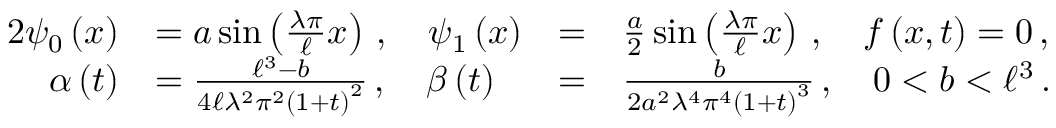
\begin{array} { r l r l } { { 2 } { \psi } _ { 0 } \left( x \right) } & { = { a } \sin \left( \frac { \lambda \pi } { \ell } x \right) \, , \quad { \psi } _ { 1 } \left( x \right) } & { = } & { \frac { a } { 2 } \sin \left( \frac { \lambda \pi } { \ell } x \right) \, , \quad f \left( x , t \right) = 0 \, , } \\ { \alpha \left( t \right) } & { = \frac { { \ell } ^ { 3 } - b } { 4 \ell { \lambda } ^ { 2 } { \pi } ^ { 2 } { \left( 1 + t \right) } ^ { 2 } } \, , \quad \beta \left( t \right) } & { = } & { \frac { b } { 2 { a } ^ { 2 } { \lambda } ^ { 4 } { \pi } ^ { 4 } { \left( 1 + t \right) } ^ { 3 } } \, , \quad 0 < b < { \ell } ^ { 3 } \, . } \end{array}